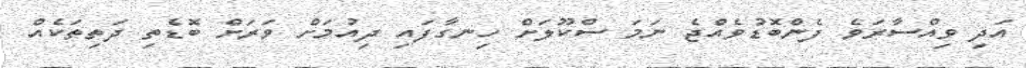
އަދި ވިއްސާރަވެ ފެންބޮޑުވެއްޖެ ނަމަ ސްކޫލަށް ހިނގާފައި ދިއުމަށް ވަރަށް ބޮޑެތި ދަތިތަކެއް